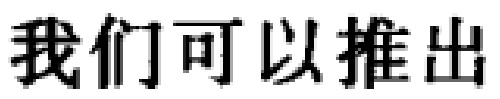
我们可以推出